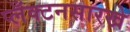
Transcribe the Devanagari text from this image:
प्लँक्टनसारखे